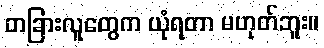
တခြားလူတွေက ယုံရတာ မဟုတ်ဘူး။